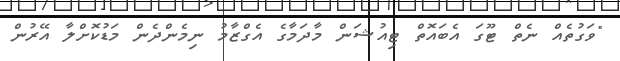
"ވަގުތެއް ނެތް ޓޫގަ އެބައޮތް ޓިއުޝަން މާދަމާގެ އެގްޒާމު ނިމެންދެން މަޑުކޮށްލާ އޭރުން